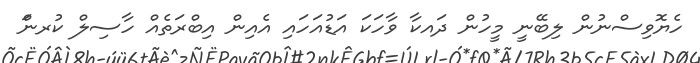
ހެޔޮވިސްނުން ލިބޭނީ މީހުން ދައކާ ވާހަކަ އަޑުއަހައި އެއިން އިބްރަތެއް ހާސިލް ކުރނަް